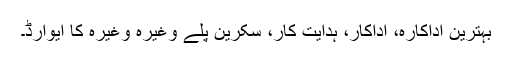
بہترین اداکارہ، اداکار، ہدایت کار، سکرین پلے وغیرہ وغیرہ کا ایوارڈ۔